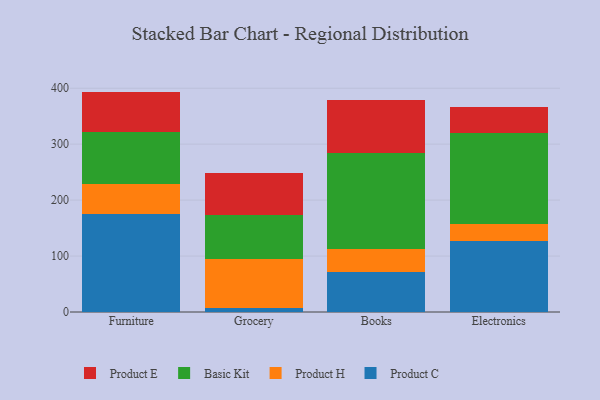
{"axis": {"x": "Category", "y": "Latency (ms)"}, "legend": ["Basic Kit", "Product C", "Product E", "Product H"], "data": [{"x": "Furniture", "y": 174.6, "type": "Product C"}, {"x": "Furniture", "y": 53.6, "type": "Product H"}, {"x": "Furniture", "y": 92.7, "type": "Basic Kit"}, {"x": "Furniture", "y": 73.0, "type": "Product E"}, {"x": "Grocery", "y": 7.6, "type": "Product C"}, {"x": "Grocery", "y": 87.8, "type": "Product H"}, {"x": "Grocery", "y": 78.1, "type": "Basic Kit"}, {"x": "Grocery", "y": 75.2, "type": "Product E"}, {"x": "Books", "y": 71.0, "type": "Product C"}, {"x": "Books", "y": 41.4, "type": "Product H"}, {"x": "Books", "y": 171.1, "type": "Basic Kit"}, {"x": "Books", "y": 95.1, "type": "Product E"}, {"x": "Electronics", "y": 127.6, "type": "Product C"}, {"x": "Electronics", "y": 29.1, "type": "Product H"}, {"x": "Electronics", "y": 163.8, "type": "Basic Kit"}, {"x": "Electronics", "y": 45.2, "type": "Product E"}]}